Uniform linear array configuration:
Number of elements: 12
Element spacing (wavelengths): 1
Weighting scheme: blackman
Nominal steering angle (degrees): -60
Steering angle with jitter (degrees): -61.335
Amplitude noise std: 0.05
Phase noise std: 0.05

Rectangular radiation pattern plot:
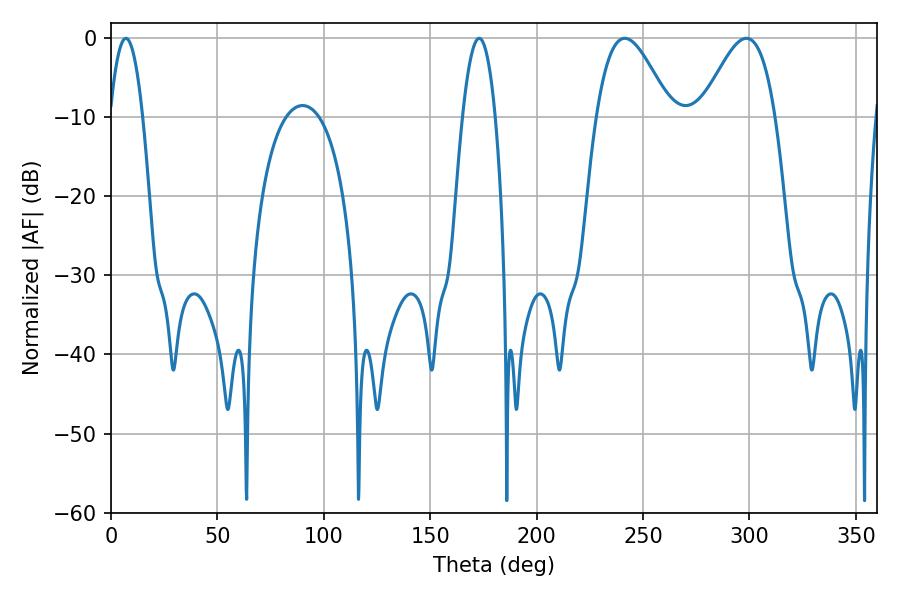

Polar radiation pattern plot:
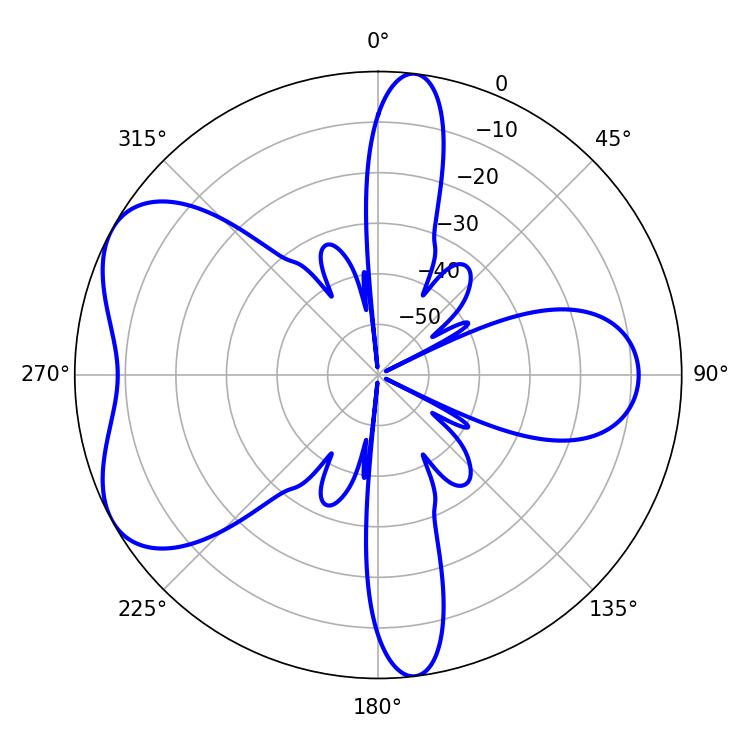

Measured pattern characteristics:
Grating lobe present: TRUE
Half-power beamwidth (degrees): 18.72
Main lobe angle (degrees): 241.38